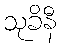
သုခိနီ